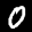
Digit: 0